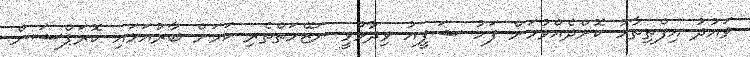
ވައުދު އިފްތިތާހު ކޮށްދެއްވުމަށް ފަހު ޝަފީއު ވިދާޅުވީ ނަޒޭހަތްތެރި ކަމަށް ބާރުއަޅައި ކޮރަޕްޝަން